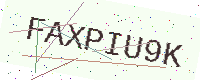
Text: FAXPIU9K